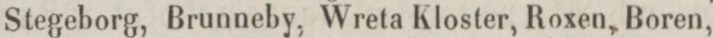
Stegeborg, Brunneby, Wreta Kloster, Roxen, Boren,